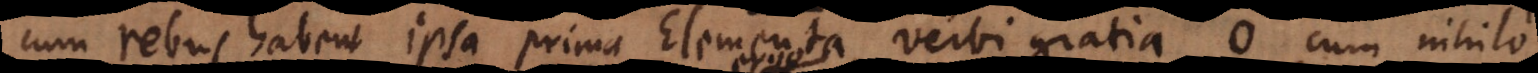
cum rebus habent ipsa prima Elementa, verbi gratia, 0 cum nihil